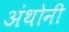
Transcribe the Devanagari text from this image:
अंथोनी